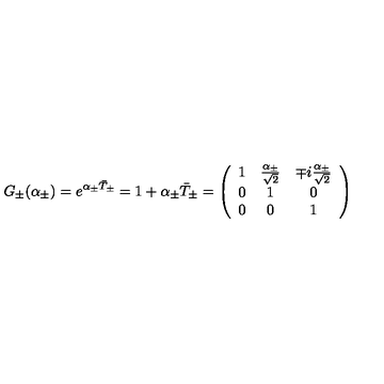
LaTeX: G _ { \pm } ( \alpha _ { \pm } ) = e ^ { \alpha _ { \pm } \bar { T } _ { \pm } } = 1 + \alpha _ { \pm } \bar { T } _ { \pm } = \left( \begin{array} { c c c } { 1 } & { \frac { \alpha _ { \pm } } { \sqrt { 2 } } } & { \mp i \frac { \alpha _ { \pm } } { \sqrt { 2 } } } \\ { 0 } & { 1 } & { 0 } \\ { 0 } & { 0 } & { 1 } \\ \end{array} \right)